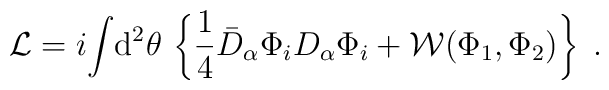
{\cal L} =i\!\int\! {\rm d}^2\theta\,  \left\{ \frac{1}{4}\bar D_\alpha\Phi_iD_\alpha\Phi_i +{\cal W}(\Phi_1, \Phi_2 )\right\}\;.